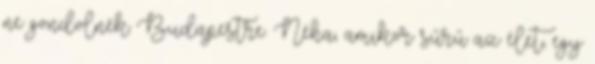
ne gondolnék Budapestre. Néha, amikor sűrű az élet, egy